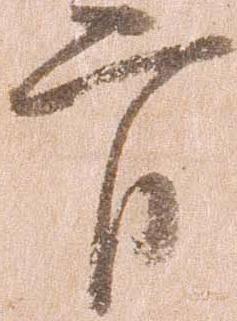
官